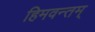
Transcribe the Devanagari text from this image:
हिमवन्तम्